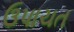
ઉપાચત